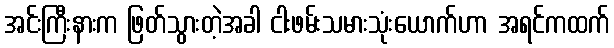
အင်းကြီးနားက ဖြတ်သွားတဲ့အခါ ငါးဖမ်းသမားသုံးယောက်ဟာ အရင်ကထက်